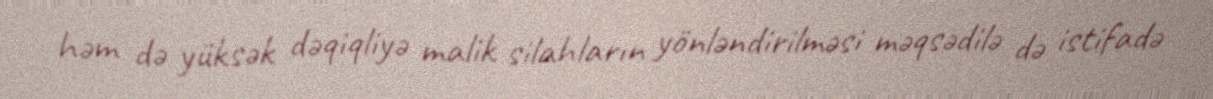
həm də yüksək dəqiqliyə malik silahların yönləndirilməsi məqsədilə də istifadə